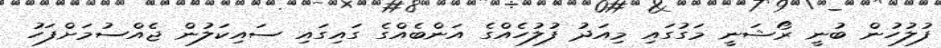
ފުލުހުން ބުނީ ރޯޝަނީ މަގުގައި މިއަދު ފުލުހެއްގެ އަންބެއްގެ ގައިގައި ސައިކަލުން ޖެއްސުމަށްފަހު